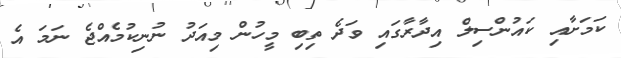
ކަމަށާއި ކައުންސިލް އިދާރާގައި ވަދެ ތިބި މީހުން މިއަދު ނުނިކުމެއްޖެ ނަމަ އެ